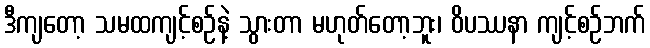
ဒီကျတော့ သမထကျင့်စဉ်နဲ့ သွားတာ မဟုတ်တော့ဘူး၊ ဝိပဿနာ ကျင့်စဉ်ဘက်